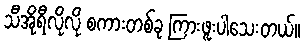
သီအိုရီလိုလို စကားတစ်ခု ကြားဖူးပါသေးတယ်။